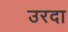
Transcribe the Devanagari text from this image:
उरदा